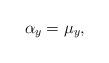
LaTeX: \begin{align*}\alpha_y=\mu_y,\end{align*}